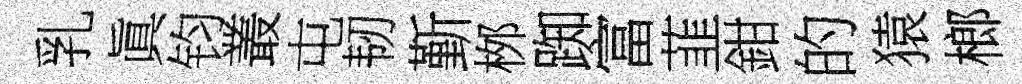
乳眞钧叢屯韧斳桞踟富韮鉗的猿榔